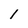
Character: 1